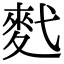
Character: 䴬